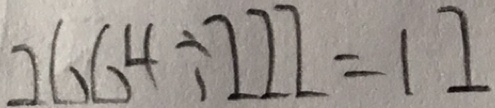
2 6 6 4 \div 2 2 2 = 1 2